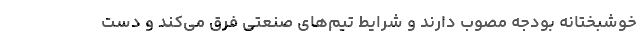
خوشبختانه بودجه مصوب دارند و شرایط تیم‌های صنعتی فرق می‌کند و دست